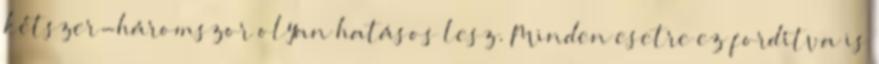
kétszer-háromszor olyan hatásos lesz. Minden esetre ez fordítva is